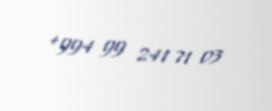
+994 99 241 71 03